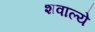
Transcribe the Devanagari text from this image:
शवाल्ये